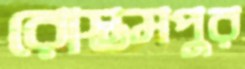
রোস্তমপুর